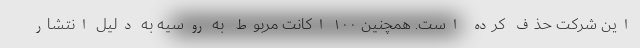
این شرکت حذف کرده است. همچنین ۱۰۰ اکانت مربوط به روسیه به دلیل انتشار